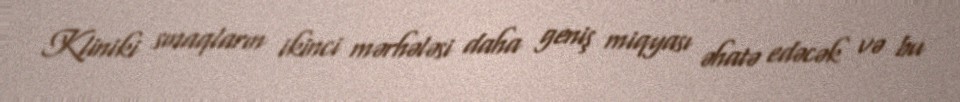
Kliniki sınaqların ikinci mərhələsi daha geniş miqyası əhatə edəcək və bu